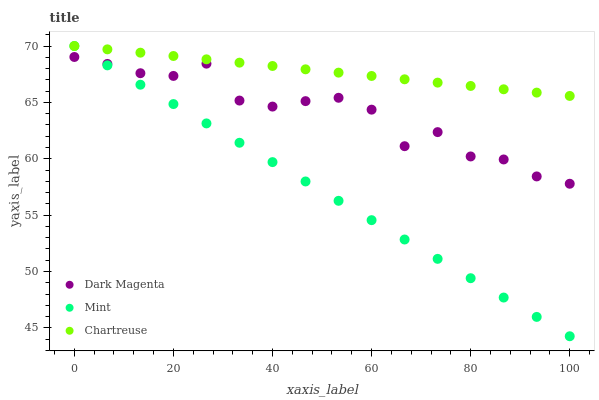
| xaxis_label | Dark Magenta | Mint | Chartreuse |
 | --- | --- | --- | --- |
 | 0 | 69 | 70 | 70 |
 | 6.67 | 68.4 | 68.3 | 69.7 |
 | 13.3 | 67.6 | 66.6 | 69.4 |
 | 20 | 67.3 | 64.9 | 69.1 |
 | 26.7 | 68.4 | 63.1 | 68.8 |
 | 33.3 | 65.2 | 61.4 | 68.5 |
 | 40 | 64.6 | 59.7 | 68.2 |
 | 46.7 | 65.1 | 58 | 67.9 |
 | 53.3 | 65.4 | 56.3 | 67.6 |
 | 60 | 64.4 | 54.6 | 67.3 |
 | 66.7 | 61.1 | 52.8 | 67 |
 | 73.3 | 62.4 | 51.1 | 66.8 |
 | 80 | 60.2 | 49.4 | 66.5 |
 | 86.7 | 59.9 | 47.7 | 66.2 |
 | 93.3 | 58.4 | 46 | 65.9 |
 | 100 | 57.8 | 44.3 | 65.6 |